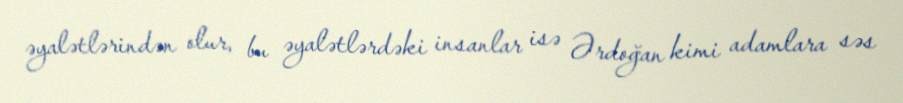
əyalətlərindən olur, bu əyalətlərdəki insanlar isə Ərdoğan kimi adamlara səs